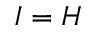
I = H